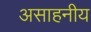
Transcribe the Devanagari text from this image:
असाहनीय